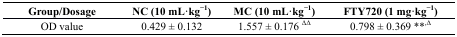
<table><thead><tr><td><b>Group/Dosage</b></td><td><b>NC (10 mL·kg<sup>−1</sup>)</b></td><td><b>MC (10 mL·kg<sup>−1</sup>)</b></td><td><b>FTY720 (1 mg·kg<sup>−1</sup>)</b></td></tr></thead><tbody><tr><td>OD value</td><td>0.429 ± 0.132</td><td>1.557 ± 0.176 <sup>ΔΔ</sup></td><td>0.798 ± 0.369 <sup>**,Δ</sup></td></tr></tbody></table>